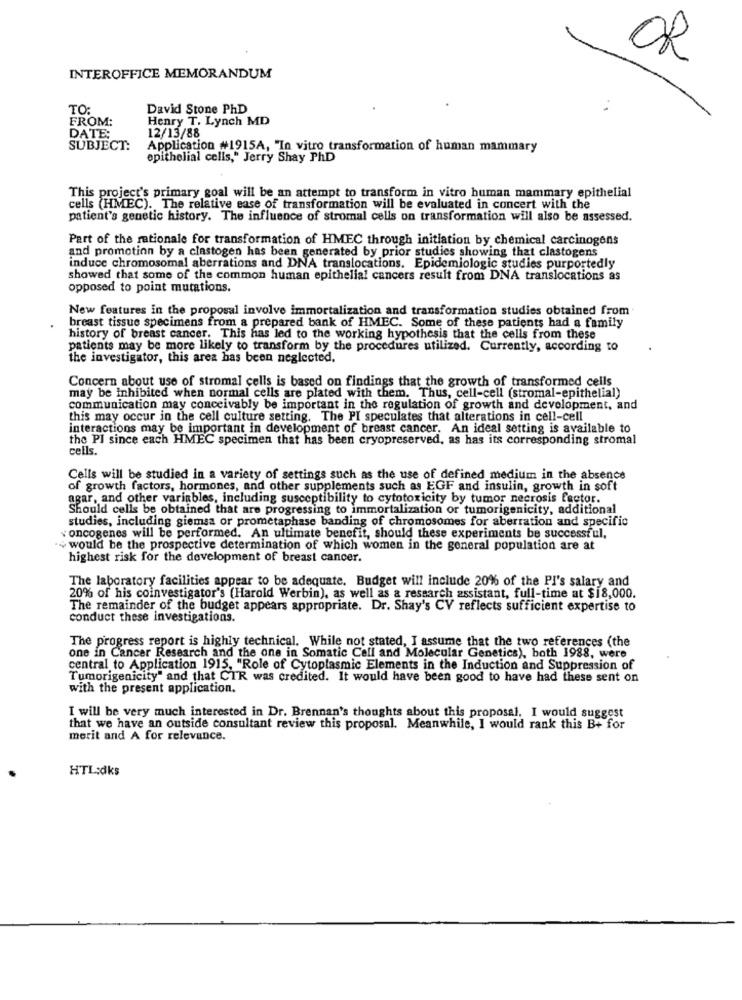
INTEROFFICE MEMORANDUM
TO:
David Stone PhD
FROM:
Henry T. Lynch MD
12/13/88
DATE:
SUBJECT:
Application #1915A, "In vitro transformation of human mammary
epithelial cells," Jerry Shay PhD
This project's primary goal will be an attempt to transform in vitro human mammary epithelial
cells (HMEC). The relative ease of transformation will be evaluated in concert with the
patient's genetic history. The influence of stromal cells on transformation will also be assessed.
Part of the rationale for transformation of HMEC through initiation by chemical carcinogens
and promotion by a clastogen has been generated by prior studies showing that clastogens
induce chromosomal aberrations and DNA translocations. Epidemiologic studies purportedly
showed that some of the common human epithelial cancers result from DNA translocations as
opposed to point mutations.
New features in the proposal involve immortalization and transformation studies obtained from
breast tissue specimens from a prepared bank of HMEC. Some of these patients had a family
history of breast cancer. This has led to the working hypothesis that the cells from these
patients may be more likely to transform by the procedures utilized. Currently, according to
the investigator, this area has been neglected.
Concern about use of stromal cells is based on findings that the growth of transformed cells
may be Inhibited when normal cells are plated with them. Thus, cell-cell (stromal-epithelial)
communication may conceivably be important in the regulation of growth and development, and
this may occur in the cell culture setting. The PI speculates that alterations in cell-cell
interactions may be important in development of breast cancer. An ideal setting is available to
the PI since each HMEC specimen that has been cryopreserved, as has its corresponding stromal
cells.
Cells will be studied in a variety of settings such as the use of defined medium in the absence
of growth factors, hormones, and other supplements such as EGF and insulin, growth in soft
agar, and other variables, including susceptibility to cytotoxicity by tumor necrosis factor.
Should cells be obtained that are progressing to immortalization or tumorigenicity, additional
studies, including giemsa or prometaphase banding of chromosomes for aberration and specific
oncogenes will be performed. An ultimate benefit, should these experiments be successful,
+ would be the prospective determination of which women in the general population are at
highest risk for the development of breast cancer.
The laboratory facilities appear to be adequate. Budget will include 20% of the PI's salary and
20% of his coinvestigator's (Harold Werbin), as well as a research assistant, full-time at $18,000.
The remainder of the budget appears appropriate. Dr. Shay's CV reflects sufficient expertise to
conduct these investigations.
The progress report is highly technical. While not stated, I assume that the two references (the
one in Cancer Research and the one in Somatic Cell and Molecular Genetics), both 1988, were
central to Application 1915, "Role of Cytoplasmic Elements in the Induction and Suppression of
Tumorigenicity" and that CTR was credited. It would have been good to have had these sent on
with the present application.
I will be very much interested in Dr. Brennan's thoughts about this proposal. I would suggest
that we have an outside consultant review this proposal. Meanwhile, I would rank this B+ for
merit and A for relevance.
HTL:dks